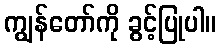
ကျွန်တော်ကို ခွင့်ပြုပါ။